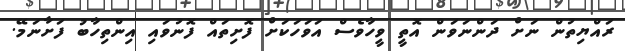
ރައްޔިތުން ނަށް ދަންނަވަން އޮތީ ވީހާވެސް އަވަހަކަށް ފޮށިތައް ފޮނުވައި އިންތިހާބު ފަށާނަމޭ.